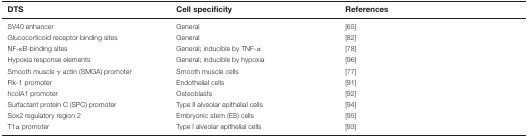
<table><thead><tr><td><b>DTS</b></td><td><b>Cell specificity</b></td><td><b>References</b></td></tr></thead><tbody><tr><td>SV40 enhancer</td><td>General</td><td>[65]</td></tr><tr><td>Glucocorticoid receptor binding sites</td><td>General</td><td>[82]</td></tr><tr><td>NF-κB-binding sites</td><td>General; inducible by TNF-α</td><td>[78]</td></tr><tr><td>Hypoxia response elements</td><td>General; inducible by hypoxia</td><td>[96]</td></tr><tr><td>Smooth muscle γ actin (SMGA) promoter</td><td>Smooth muscle cells</td><td>[77]</td></tr><tr><td>Flk-1 promoter</td><td>Endothelial cells</td><td>[91]</td></tr><tr><td>hcolA1 promoter</td><td>Osteoblasts</td><td>[92]</td></tr><tr><td>Surfactant protein C (SPC) promoter</td><td>Type II alveolar epithelial cells</td><td>[94]</td></tr><tr><td>Sox2 regulatory region 2</td><td>Embryonic stem (ES) cells</td><td>[95]</td></tr><tr><td>T1α promoter</td><td>Type I alveolar epithelial cells</td><td>[93]</td></tr></tbody></table>